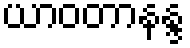
ယာဝတာနန္ဒ